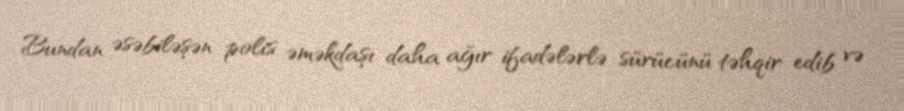
Bundan əsəbiləşən polis əməkdaşı daha ağır ifadələrlə sürücünü təhqir edib və